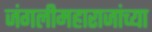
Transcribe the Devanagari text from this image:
जंगलीमहाराजांच्या